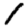
Digit: 1